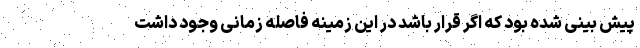
پیش بینی شده بود که اگر قرار باشد در این زمینه فاصله زمانی وجود داشت